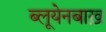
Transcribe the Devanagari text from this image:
ब्लूयेनबाख़